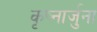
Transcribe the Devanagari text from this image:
कृष्नार्जुना